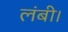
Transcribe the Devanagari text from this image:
लंबी।